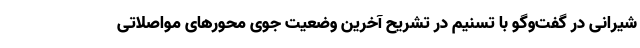
شیرانی در گفت‌وگو با تسنیم در تشریح آخرین وضعیت جوی محورهای مواصلاتی